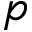
p